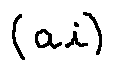
( a _ { i } )